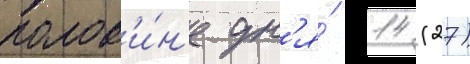
полов'и́н'е дн'я́ 14 (27)